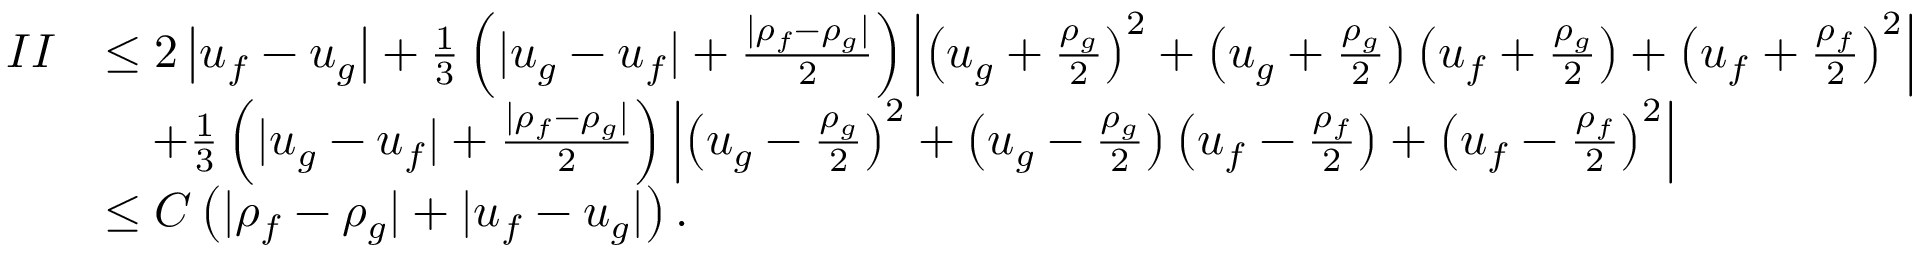
\begin{array} { r l } { I I } & { \le 2 \left| u _ { f } - u _ { g } \right| + \frac { 1 } { 3 } \left( | u _ { g } - u _ { f } | + \frac { | \rho _ { f } - \rho _ { g } | } { 2 } \right) \left| \left( u _ { g } + \frac { \rho _ { g } } { 2 } \right) ^ { 2 } + \left( u _ { g } + \frac { \rho _ { g } } { 2 } \right) \left( u _ { f } + \frac { \rho _ { g } } { 2 } \right) + \left( u _ { f } + \frac { \rho _ { f } } { 2 } \right) ^ { 2 } \right| } \\ & { \quad + \frac { 1 } { 3 } \left( | u _ { g } - u _ { f } | + \frac { | \rho _ { f } - \rho _ { g } | } { 2 } \right) \left| \left( u _ { g } - \frac { \rho _ { g } } { 2 } \right) ^ { 2 } + \left( u _ { g } - \frac { \rho _ { g } } { 2 } \right) \left( u _ { f } - \frac { \rho _ { f } } { 2 } \right) + \left( u _ { f } - \frac { \rho _ { f } } { 2 } \right) ^ { 2 } \right| } \\ & { \le C \left( | \rho _ { f } - \rho _ { g } | + | u _ { f } - u _ { g } | \right) . } \end{array}